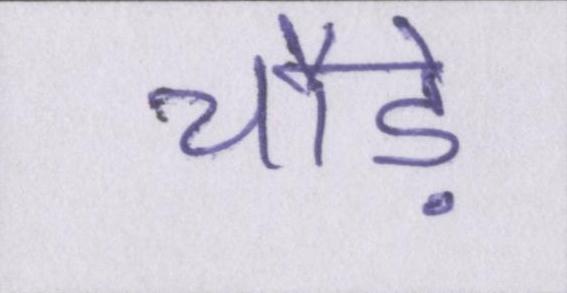
चौड़े